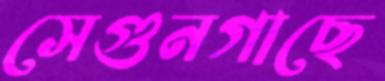
সেগুনগাছে